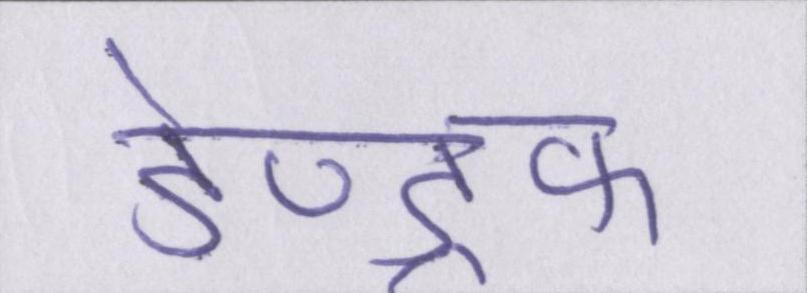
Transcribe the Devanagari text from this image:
डेण्ड्रफ